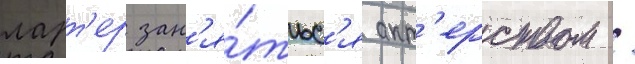
ларт'ер зан'я́тьс'я акт'ерством /